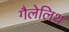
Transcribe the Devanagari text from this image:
गैलेलिथ